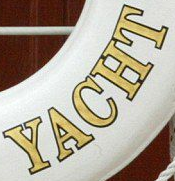
YACHT